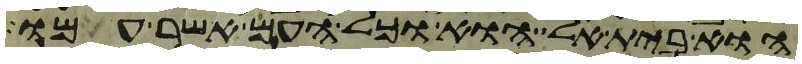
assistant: הוא בית אל הוא וכל העם אשר עמו